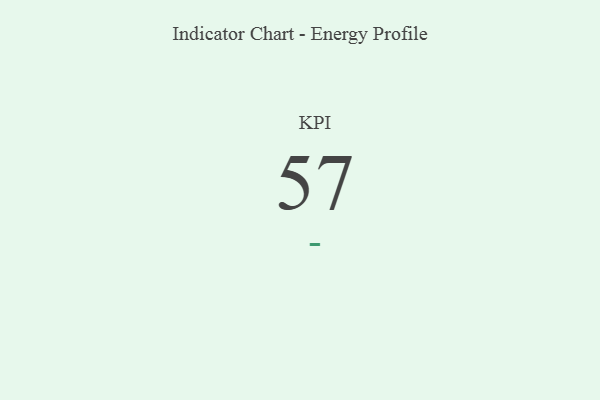
{"axis": {"x": "KPI", "y": "Value"}, "legend": [""], "data": [{"x": "KPI", "y": 57, "type": ""}]}